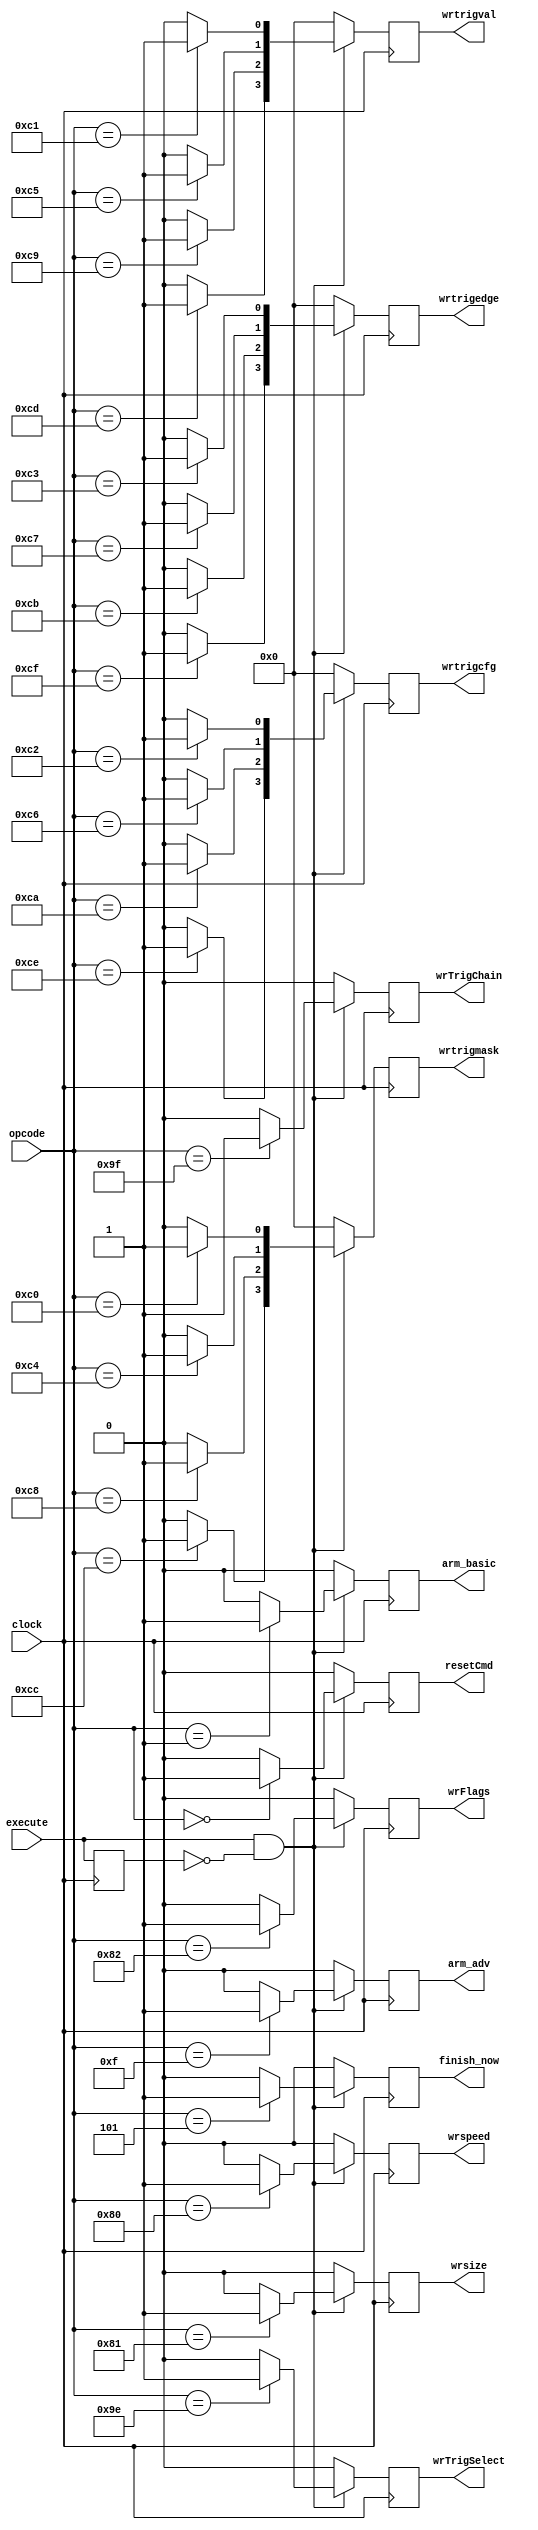
//--------------------------------------------------------------------------------
// decoder.vhd
//
// Copyright (C) 2006 Michael Poppitz
//
// This program is free software; you can redistribute it and/or modify
// it under the terms of the GNU General Public License as published by
// the Free Software Foundation; either version 2 of the License, or (at
// your option) any later version.
//
// This program is distributed in the hope that it will be useful, but
// WITHOUT ANY WARRANTY; without even the implied warranty of
// MERCHANTABILITY or FITNESS FOR A PARTICULAR PURPOSE. See the GNU
// General Public License for more details.
//
// You should have received a copy of the GNU General Public License along
// with this program; if not, write to the Free Software Foundation, Inc.,
// 51 Franklin St, Fifth Floor, Boston, MA 02110, USA
//
//--------------------------------------------------------------------------------
//
// Details: http://www.sump.org/projects/analyzer/
//
// Takes the opcode from the command received by the receiver and decodes it.
// The decoded command will be executed for one cycle.
//
// The receiver keeps the cmd output active long enough so all the
// data is still available on its cmd output when the command has
// been decoded and sent out to other modules with the next
// clock cycle. (Maybe this paragraph should go in receiver.vhd?)
//
//--------------------------------------------------------------------------------
//
// 12/29/2010 - Verilog Version + cleanups created by Ian Davis - mygizmos.org
//

`timescale 1ns/100ps

module decoder(
  clock, execute, opcode,
  // outputs...
  wrtrigmask, wrtrigval, wrtrigcfg, wrtrigedge,
  wrspeed, wrsize, wrFlags,
  wrTrigSelect, wrTrigChain,
  finish_now,
  arm_basic, arm_adv, resetCmd);

input clock;
input execute;
input [7:0] opcode;
output [3:0] wrtrigmask;
output [3:0] wrtrigval;
output [3:0] wrtrigcfg;
output [3:0] wrtrigedge;
output wrspeed;
output wrsize;
output wrFlags;
output wrTrigSelect;
output wrTrigChain;
output finish_now;
output arm_basic;
output arm_adv;
output resetCmd;


//
// Registers...
//
reg resetCmd, next_resetCmd;
reg arm_basic, next_arm_basic;
reg arm_adv, next_arm_adv;
reg [3:0] wrtrigmask, next_wrtrigmask;
reg [3:0] wrtrigval, next_wrtrigval;
reg [3:0] wrtrigcfg, next_wrtrigcfg;
reg [3:0] wrtrigedge, next_wrtrigedge;
reg wrspeed, next_wrspeed;
reg wrsize, next_wrsize;
reg wrFlags, next_wrFlags;
reg finish_now, next_finish_now;
reg wrTrigSelect, next_wrTrigSelect;
reg wrTrigChain, next_wrTrigChain;
reg dly_execute, next_dly_execute;


//
// Control logic.  On rising edge of "execute" signal,
// parse "opcode" and make things happen...
//
always @(posedge clock)
begin
  resetCmd = next_resetCmd;
  arm_basic = next_arm_basic;
  arm_adv = next_arm_adv;
  wrtrigmask = next_wrtrigmask;
  wrtrigval = next_wrtrigval;
  wrtrigcfg = next_wrtrigcfg;
  wrtrigedge = next_wrtrigedge;
  wrspeed = next_wrspeed;
  wrsize = next_wrsize;
  wrFlags = next_wrFlags;
  finish_now = next_finish_now;
  wrTrigSelect = next_wrTrigSelect;
  wrTrigChain = next_wrTrigChain;
  dly_execute = next_dly_execute;
end

always @*
begin
  #1;
  next_resetCmd = 1'b0;
  next_arm_basic = 1'b0;
  next_arm_adv = 1'b0;
  next_wrtrigmask = 4'b0000;
  next_wrtrigval = 4'b0000;
  next_wrtrigcfg = 4'b0000;
  next_wrtrigedge = 4'b0000;
  next_wrspeed = 1'b0;
  next_wrsize = 1'b0;
  next_wrFlags = 1'b0;
  next_finish_now = 1'b0;
  next_wrTrigSelect = 1'b0;
  next_wrTrigChain = 1'b0;
  next_dly_execute = execute;

  if (execute & !dly_execute)
    case(opcode)
      // short commands
      8'h00 : next_resetCmd = 1'b1;
      8'h01 : next_arm_basic = 1'b1;
      8'h02 :;// Query ID (decoded in spi_slave.v)
      8'h03 :;// Selftest (reserved)
      8'h04 :;// Query Meta Data (decoded in spi_slave.v)
      8'h05 : next_finish_now = 1'b1;
      8'h06 :;// Query input data (decoded in spi_slave.v)
      8'h0F : next_arm_adv = 1'b1;
      8'h11 :;// XON (reserved)
      8'h13 :;// XOFF (reserved)

      // long commands
      8'h80 : next_wrspeed = 1'b1;
      8'h81 : next_wrsize = 1'b1;
      8'h82 : next_wrFlags = 1'b1;

      8'h9E : next_wrTrigSelect = 1'b1;
      8'h9F : next_wrTrigChain = 1'b1;

      8'hC0 : next_wrtrigmask[0] = 1'b1;
      8'hC1 : next_wrtrigval[0] = 1'b1;
      8'hC2 : next_wrtrigcfg[0] = 1'b1;
      8'hC3 : next_wrtrigedge[0] = 1'b1;
      8'hC4 : next_wrtrigmask[1] = 1'b1;
      8'hC5 : next_wrtrigval[1] = 1'b1;
      8'hC6 : next_wrtrigcfg[1] = 1'b1;
      8'hC7 : next_wrtrigedge[1] = 1'b1;
      8'hC8 : next_wrtrigmask[2] = 1'b1;
      8'hC9 : next_wrtrigval[2] = 1'b1;
      8'hCA : next_wrtrigcfg[2] = 1'b1;
      8'hCB : next_wrtrigedge[2] = 1'b1;
      8'hCC : next_wrtrigmask[3] = 1'b1;
      8'hCD : next_wrtrigval[3] = 1'b1;
      8'hCE : next_wrtrigcfg[3] = 1'b1;
      8'hCF : next_wrtrigedge[3] = 1'b1;
    endcase
end
endmodule